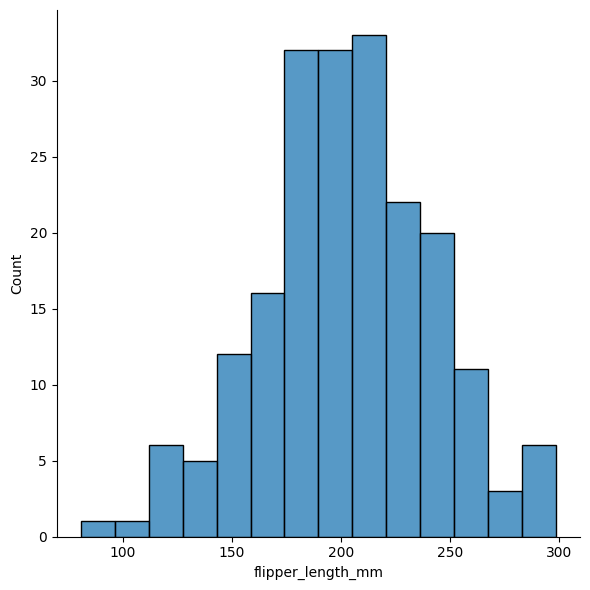
python, seaborn, displot, kind='hist', column='flipper_length_mm', hue='all', height=6, aspect=1.0